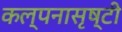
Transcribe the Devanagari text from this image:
कल्पनासृष्टी